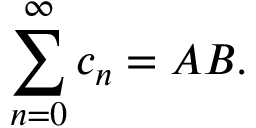
\sum _ { n = 0 } ^ { \infty } c _ { n } = A B .